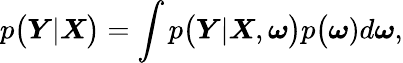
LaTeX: p\big(\boldsymbol{Y}|\boldsymbol{X}\big)=\int p\big(\boldsymbol{Y}|\boldsymbol{X},\boldsymbol{\omega}\big)p\big(\boldsymbol{\omega})d\boldsymbol{\omega},